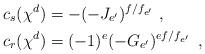
LaTeX: \begin{align*}c_s(\chi^d)&=-(-J_{e'})^{f/f_{e'}}\ ,\\c_r(\chi^d)&=(-1)^{e}(-G_{e'})^{ef/f_{e'}}\enspace,\end{align*}